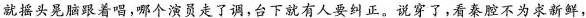
就摇头晃脑跟着唱,哪个演员走了调,台下就有人要纠正。说穿了,看泰腔不为求新鲜，